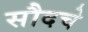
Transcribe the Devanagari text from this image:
सौदचे